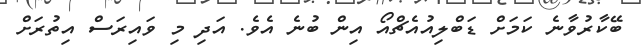
ބޭކާރުވާނެ ކަމަށް ޑަބްލިއުއެޗްއޯ އިން ބުނެ އެވެ. އަދި މި ވައިރަސް އިތުރަށް